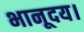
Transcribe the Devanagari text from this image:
भानूदय।